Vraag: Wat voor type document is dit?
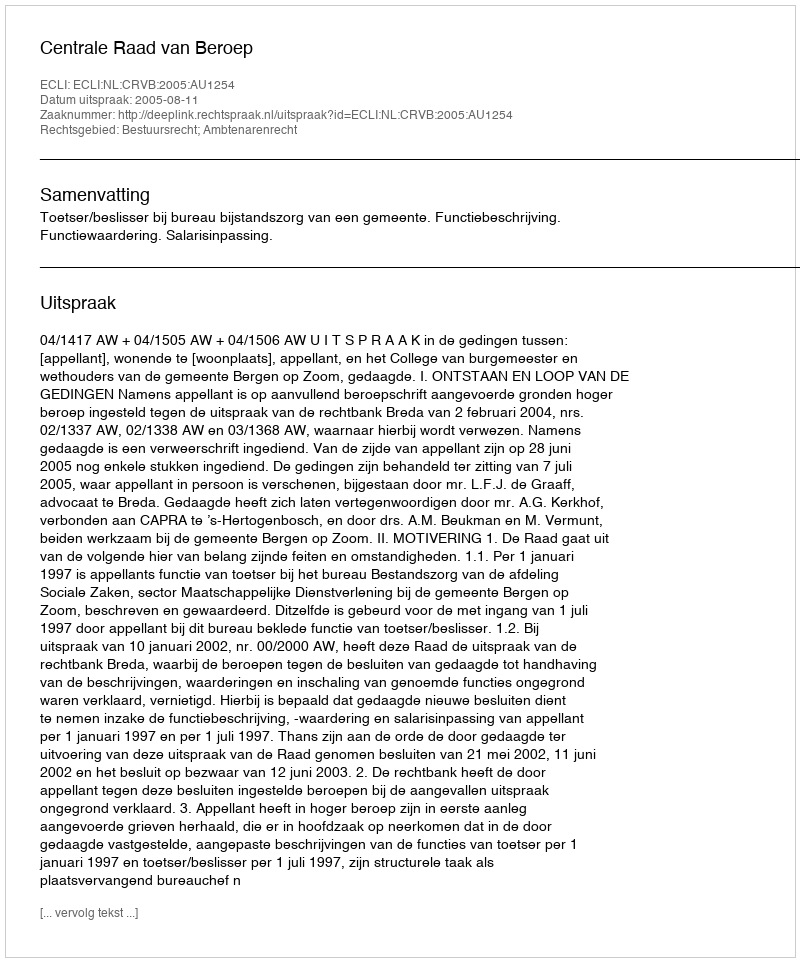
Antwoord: Uitspraak